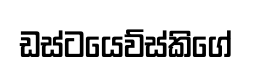
ඩස්ටයෙව්ස්කිගේ